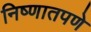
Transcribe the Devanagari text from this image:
निष्णातपणे